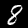
Label: 8